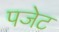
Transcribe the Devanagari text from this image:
पजेट